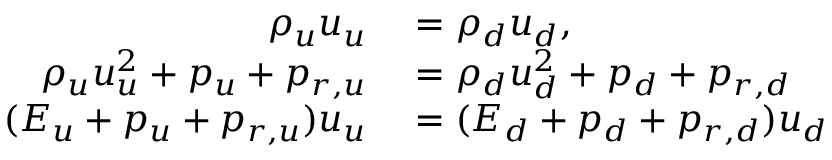
\begin{array} { r l } { \rho _ { u } u _ { u } } & { { } = \rho _ { d } u _ { d } , } \\ { \rho _ { u } u _ { u } ^ { 2 } + p _ { u } + p _ { r , u } } & { { } = \rho _ { d } u _ { d } ^ { 2 } + p _ { d } + p _ { r , d } } \\ { ( E _ { u } + p _ { u } + p _ { r , u } ) u _ { u } } & { { } = ( E _ { d } + p _ { d } + p _ { r , d } ) u _ { d } } \end{array}